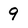
Character: 9